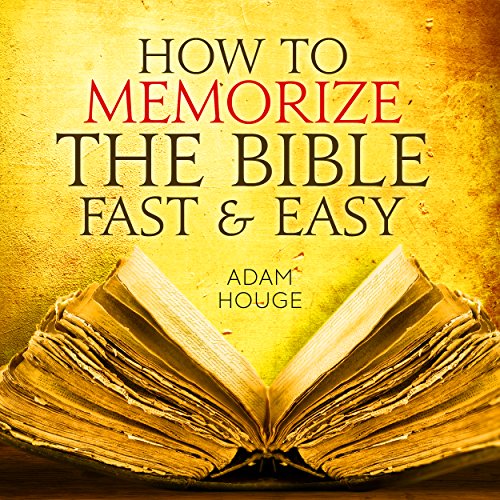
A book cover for How To Memorize The Bible Fast And Easy; Adam Houge; Religion & Spirituality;